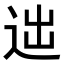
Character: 𨒞